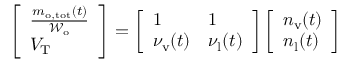
\begin{array} { r } { \left[ \begin{array} { l } { \frac { m _ { \mathrm { o , t o t } } ( t ) } { \mathcal { W } _ { \mathrm { o } } } } \\ { V _ { \mathrm { T } } } \end{array} \right] = \left[ \begin{array} { l l } { 1 } & { 1 } \\ { \nu _ { \mathrm { v } } ( t ) } & { \nu _ { \mathrm { l } } ( t ) } \end{array} \right] \left[ \begin{array} { l } { n _ { \mathrm { v } } ( t ) } \\ { n _ { \mathrm { l } } ( t ) } \end{array} \right] } \end{array}